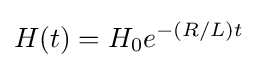
H(t)=H_{0}e^{-(R/L)t}